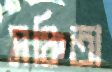
সঞ্চিতা